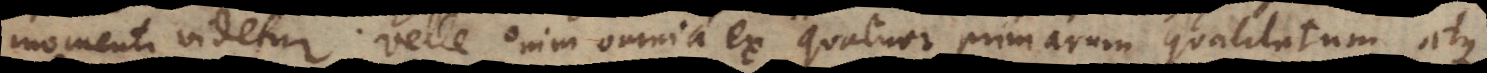
momenti videtur. Velle enim omnia ex quatuor primarum qualitatum atque